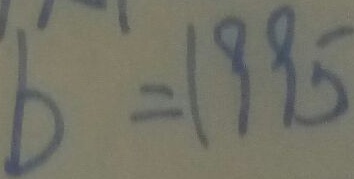
b = 1 9 9 5